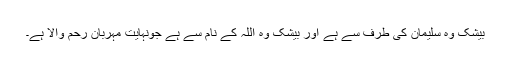
بیشک وہ سلیمان کی طرف سے ہے اور بیشک وہ اللہ کے نام سے ہے جونہایت مہربان رحم والا ہے۔